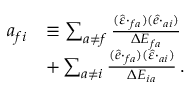
\begin{array} { r l } { a _ { f i } } & { \equiv \sum _ { a \neq f } \frac { ( \v { \hat { \varepsilon } } \cdot { \v { D } } _ { f a } ) ( \v { \hat { e } } \cdot { \v { D } } _ { a i } ) } { \Delta { E _ { f a } } } } \\ & { + \sum _ { a \neq i } \frac { ( \v { \hat { e } } \cdot { \v { D } } _ { f a } ) ( \v { \hat { \varepsilon } } \cdot { \v { D } } _ { a i } ) } { \Delta { E _ { i a } } } \, . } \end{array}